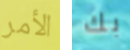
الأمر بك